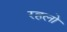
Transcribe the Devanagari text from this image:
रहलो